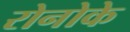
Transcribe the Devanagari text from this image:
रोनोके